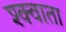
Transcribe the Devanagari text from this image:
श्क्वाता